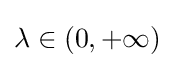
\lambda \in (0,+\infty )